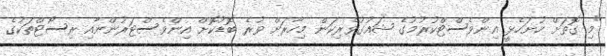
"މި ގޮތަށް ހުށަހެޅީ އިންވެސްޓްކުރުމުގެ ޝައުގުވެރިކަން މިހާރަށް ވުރެ ބޮޑުކޮށް އިންވެސްޓަރުންނާއި ރިސޯޓްތަކުގެ